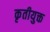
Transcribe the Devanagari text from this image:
कृतीयुक्त